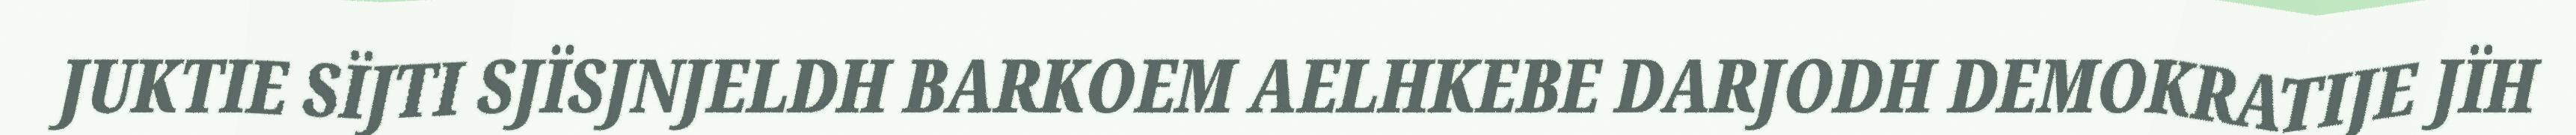
JUKTIE SÏJTI SJÏSJNJELDH BARKOEM AELHKEBE DARJODH DEMOKRATIJE JÏH